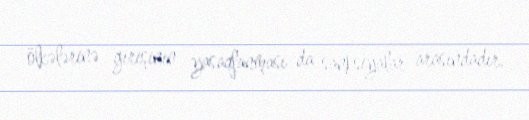
ölkələrinə girişinin yasaqlanması da sanksiyalar arasındadır.